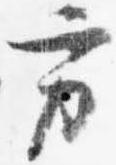
方